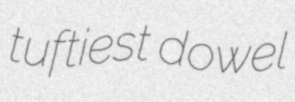
tuftiest dowel